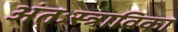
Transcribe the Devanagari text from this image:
अंतःस्त्राविका